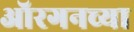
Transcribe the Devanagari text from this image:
ऑरगनच्या